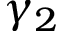
\gamma _ { 2 }